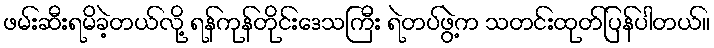
ဖမ်းဆီးရမိခဲ့တယ်လို့ ရန်ကုန်တိုင်းဒေသကြီး ရဲတပ်ဖွဲ့က သတင်းထုတ်ပြန်ပါတယ်။